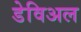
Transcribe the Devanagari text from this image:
डेविअल